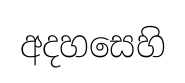
අදහසෙහි